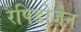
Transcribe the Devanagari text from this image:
रैपिडोजेन